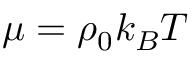
\mu = \rho _ { 0 } k _ { B } T